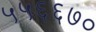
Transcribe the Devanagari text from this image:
५५६६७०